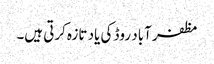
مظفر آباد روڈ کی یاد تازہ کرتی ہیں۔